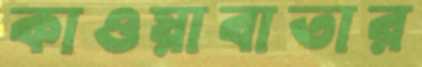
কাওয়াবাতার